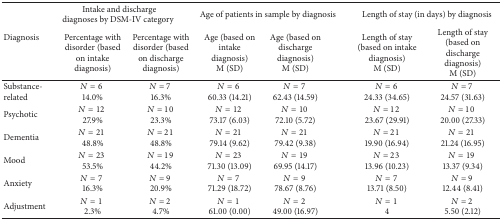
| <ROWSPAN=2> Diagnosis | <COLSPAN=2> Intake and discharge diagnoses by DSM-IV category | <COLSPAN=2> Age of patients in sample by diagnosis | <COLSPAN=2> Length of stay (in days) by diagnosis |
 | Percentage with disorder (based on intake diagnosis) | Percentage with disorder (based on discharge diagnosis) | Age (based on intake diagnosis)M (SD) | Age (based on discharge diagnosis)M (SD) | Length of stay (based on intake diagnosis)M (SD) | Length of stay (based on discharge diagnosis)M (SD) |
 | --- | --- | --- | --- | --- | --- | --- |
 | Substance-related | N = 6 14.0% | N = 7 16.3% | N = 6 60.33 (14.21) | N = 7 62.43 (14.59) | N = 6 24.33 (34.65) | N = 7 24.57 (31.63) |
 | Psychotic | N = 12 27.9% | N = 10 23.3% | N = 12 73.17 (6.03) | N = 10 72.10 (5.72) | N = 12 23.67 (29.91) | N = 1020.00 (27.33) |
 | Dementia | N = 21 48.8% | N = 21 48.8% | N = 21 79.14 (9.62) | N = 21 79.42 (9.38) | N = 21 19.90 (16.94) | N = 21 21.24 (16.95) |
 | Mood | N = 23 53.5% | N = 19 44.2% | N = 23 71.30 (13.09) | N = 19 69.95 (14.17) | N = 23 13.96 (10.23) | N = 19 13.37 (9.34) |
 | Anxiety | N = 7 16.3% | N = 9 20.9% | N = 7 71.29 (18.72) | N = 9 78.67 (8.76) | N = 7 13.71 (8.50) | N = 9 12.44 (8.41) |
 | Adjustment | N = 1 2.3% | N = 2 4.7% | N = 1 61.00 (0.00) | N = 2 49.00 (16.97) | N = 1 4 | N = 2 5.50 (2.12) |